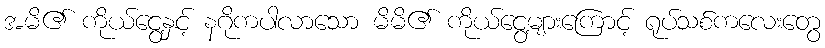
အမိ၏ ကိုယ်ငွေ့နှင့် နဂိုကပါလာသော မိမိ၏ ကိုယ်ငွေ့များကြောင့် ရုပ်သစ်ကလေးတွေ